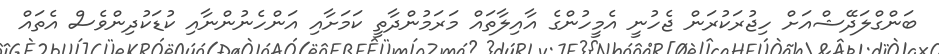
ބަންގްލަދޭޝްއަށް ހިޖުރަކުރަން ޖެހުނީ އެމީހުންގެ އާއިލާތައް މަރަމުންދާތީ ކަމަށާއި އަންހެނުންނާއި ކުޑަކުދިންވެސް އެތައް